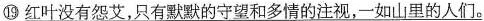
⑲\underline{红叶没有怨艾，只有默默的守望和多情的注视，一如山里的人们。}